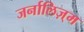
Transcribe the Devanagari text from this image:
जर्नालिज़्म